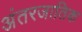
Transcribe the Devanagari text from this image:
अंतरजातिक